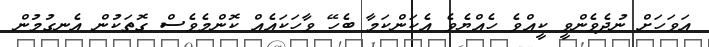
އަވަހަށް ނުދެވެންވީ ކީއްވެ ހެއްޔެވެ އެކަންކަމާ ބެހޭ ވާހަކައެއް ކޮންމެވެސް ގޮތަކުން އެނގުމުން